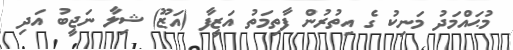
މުޙައްމަދު މަނިކު ގެ އިތުރުން ފާތިމަތު އަޒީފާ (އަޒޫ) ޝިލާ ނަޖީބު އަދި